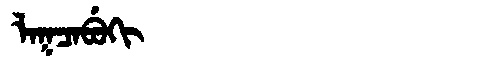
Manchu: ᠯᠠᡴᠴᠠᠪᡠᡴᡳ
Romanization: LAKCABUKI